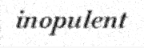
inopulent